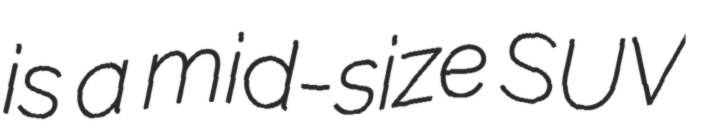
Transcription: is a mid-size SUV